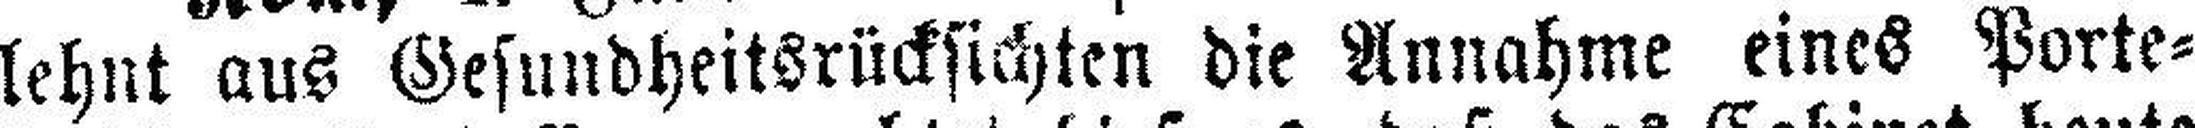
lehnt aus Gesundheitsrücksichten die Annahme eines Porte¬